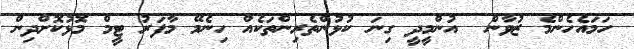
ހަމައެހެންމެ ޒުވާން  އުންމީދީ ގިނަ ކުޅުންތެރިންތަކެއް ހިނެމޭ މާފަރު ޓީމް މޮޅުކޮށްދިން